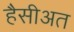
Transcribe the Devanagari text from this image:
हैसीअत